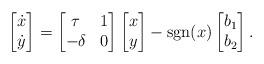
LaTeX: \begin{align*}\begin{bmatrix} \dot{x} \\ \dot{y} \end{bmatrix} =\begin{bmatrix} \tau & 1 \\ -\delta & 0 \end{bmatrix}\begin{bmatrix} x \\ y \end{bmatrix} - {\rm sgn}(x)\begin{bmatrix} b_1 \\ b_2 \end{bmatrix}.\end{align*}